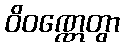
ဝိဝဏ္ဏေတွာ